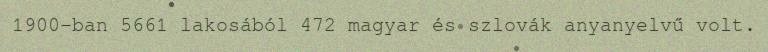
1900-ban 5661 lakosából 472 magyar és szlovák anyanyelvű volt.